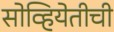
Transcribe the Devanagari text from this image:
सोव्हियेतीची